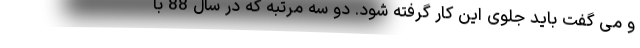
و می گفت باید جلوی این کار گرفته شود. دو سه مرتبه که در سال 88 با